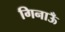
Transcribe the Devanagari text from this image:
गिनाऊँ